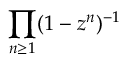
\prod _ { n \geq 1 } ( 1 - z ^ { n } ) ^ { - 1 }